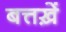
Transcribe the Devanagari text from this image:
बत्तख़ें